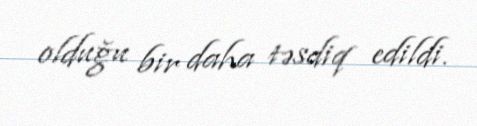
olduğu bir daha təsdiq edildi.